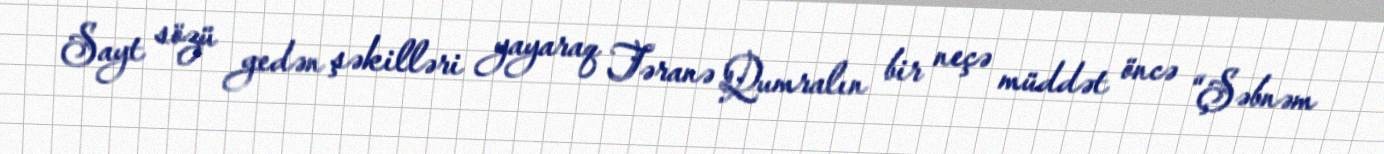
Sayt sözü gedən şəkilləri yayaraq Təranə Qumralın bir neçə müddət öncə “Şəbnəm